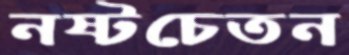
নষ্টচেতন